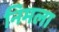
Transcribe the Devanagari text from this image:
निमला